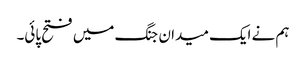
ہم نے ایک میدان جنگ میں فتح پائی۔